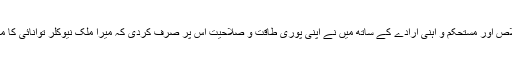
اپنے پورے اخلاص اور مستحکم و آہنی ارادے کے ساتھ میں نے اپنی پوری طاقت و صلاحیت اس پر صرف کردی کہ میرا ملک نیوکلر توانائی کا مالک بن سکے‘‘۔